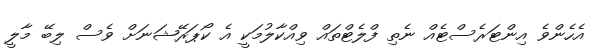
އެހެންވެ އިންޓަރެސްޓެއް ނެތި ފްލެޓްތައް ވިއްކާލުމަކީ އެ ކޯޕަރޭޝަނަށް ވެސް ލިބޭ މާލީ